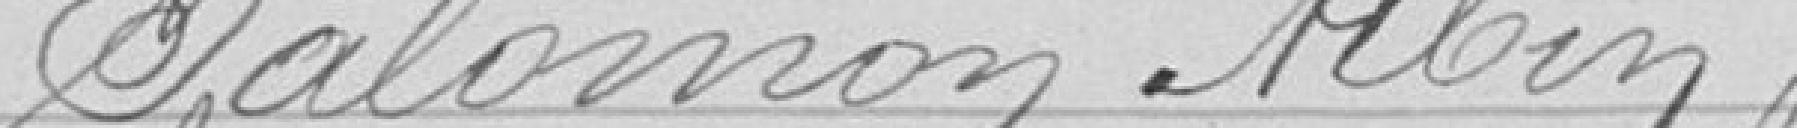
Salomon Albin (réserviste)